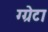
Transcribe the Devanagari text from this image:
ग्ग्रेटा